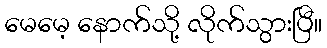
မေမေ့ နောက်သို့ လိုက်သွားပြီ။